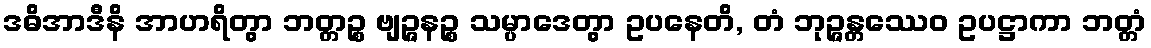
ဒဓိအာဒီနိ အာဟရိတွာ ဘတ္တဉ္စ ဗျဉ္ဇနဉ္စ သမ္ပာဒေတွာ ဥပနေတိ, တံ ဘုဉ္ဇန္တဿေဝ ဥပဋ္ဌာကာ ဘတ္တံ